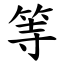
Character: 等